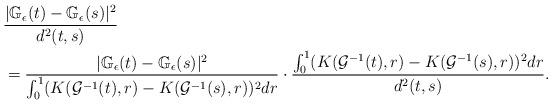
LaTeX: \begin{align*}&\frac{|\mathbb{G}_{\epsilon}(t)-\mathbb{G}_{\epsilon}(s)|^{2}}{d^2(t,s)}\\&=\frac{|\mathbb{G}_{\epsilon}(t)-\mathbb{G}_{\epsilon}(s)|^{2}}{\int^{1}_{0}(K(\mathcal{G}^{-1}(t), r)-K(\mathcal{G}^{-1}(s), r))^{2}dr}\cdot\frac{\int^{1}_{0}(K(\mathcal{G}^{-1}(t), r)-K(\mathcal{G}^{-1}(s), r))^{2}dr}{d^2(t,s)}.\end{align*}